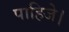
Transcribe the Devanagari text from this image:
पाहिजे।